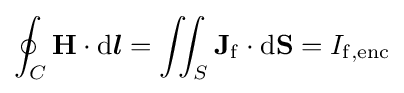
\oint _{C}\mathbf {H} \cdot \mathrm {d} {\boldsymbol {l}}=\iint _{S}\mathbf {J} _{\mathrm {f} }\cdot \mathrm {d} \mathbf {S} =I_{\mathrm {f,enc} }